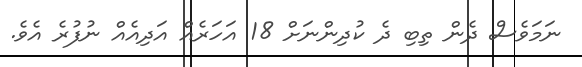
ނަމަވެސް ދެން ތިބި ދެ ކުދިންނަށް 18 އަހަރެއް އަދިއެއް ނުފުރެ އެވެ.